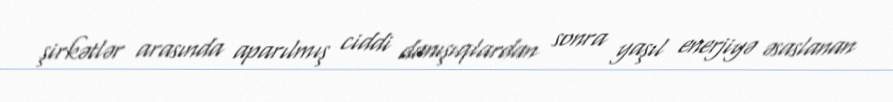
şirkətlər arasında aparılmış ciddi danışıqlardan sonra yaşıl enerjiyə əsaslanan